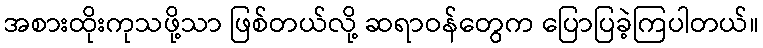
အစားထိုးကုသဖို့သာ ဖြစ်တယ်လို့ ဆရာဝန်တွေက ပြောပြခဲ့ကြပါတယ်။